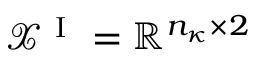
\mathcal { X } ^ { \mathrm { ~ I ~ } } = \mathbb { R } ^ { n _ { \kappa } \times 2 }